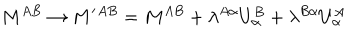
M ^ { A B } \to M ^ { \prime } { } ^ { A B } = M ^ { A B } + \lambda ^ { A \alpha } U _ { \alpha } ^ { B } + \lambda ^ { B \alpha } U _ { \alpha } ^ { A }